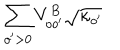
LaTeX: \sum _ { o ^ { \prime } > 0 } V _ { o o ^ { \prime } } ^ { B } \sqrt { \kappa _ { o ^ { \prime } } }